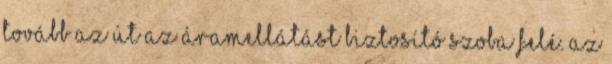
tovább az út az áramellátást biztosító szoba felé. Az